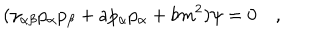
( \gamma _ { \alpha \beta } p _ { \alpha } p _ { \beta } + a p _ { \alpha } p _ { \alpha } + b m ^ { 2 } ) \psi = 0 \quad ,